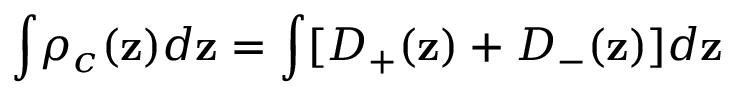
\int \! \rho _ { c } ( \mathbf { z } ) d \mathbf { z } = \int [ D _ { + } ( \mathbf { z } ) + D _ { - } ( \mathbf { z } ) ] d \mathbf { z }